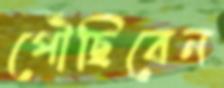
পৌঁছিবেন